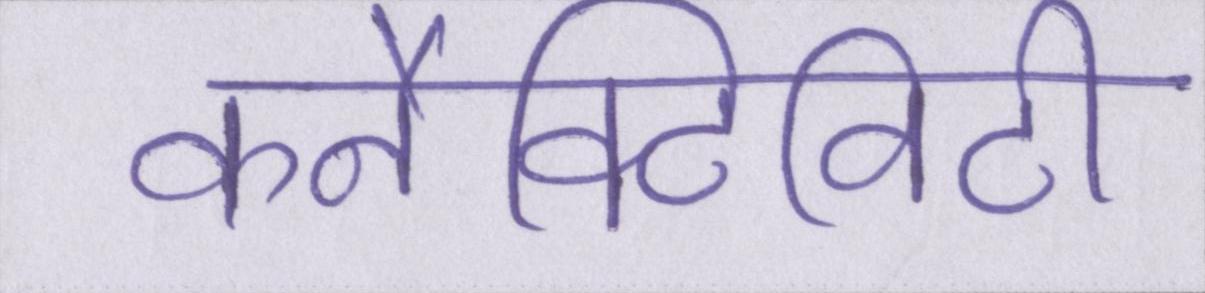
कनैक्टिविटी